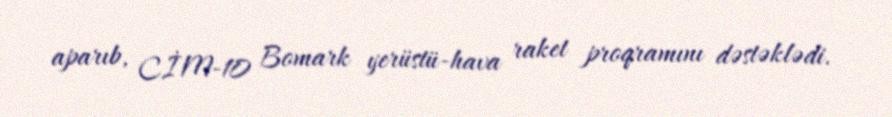
aparıb, CİM-10 Bomark yerüstü-hava raket proqramını dəstəklədi.